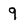
Character: 9